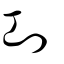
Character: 㓚